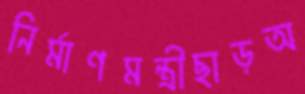
নির্মাণমন্ত্রীছাড়অ